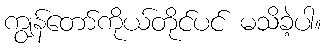
ကျွန်တော်ကိုယ်တိုင်ပင် မသိခဲ့ပါ။